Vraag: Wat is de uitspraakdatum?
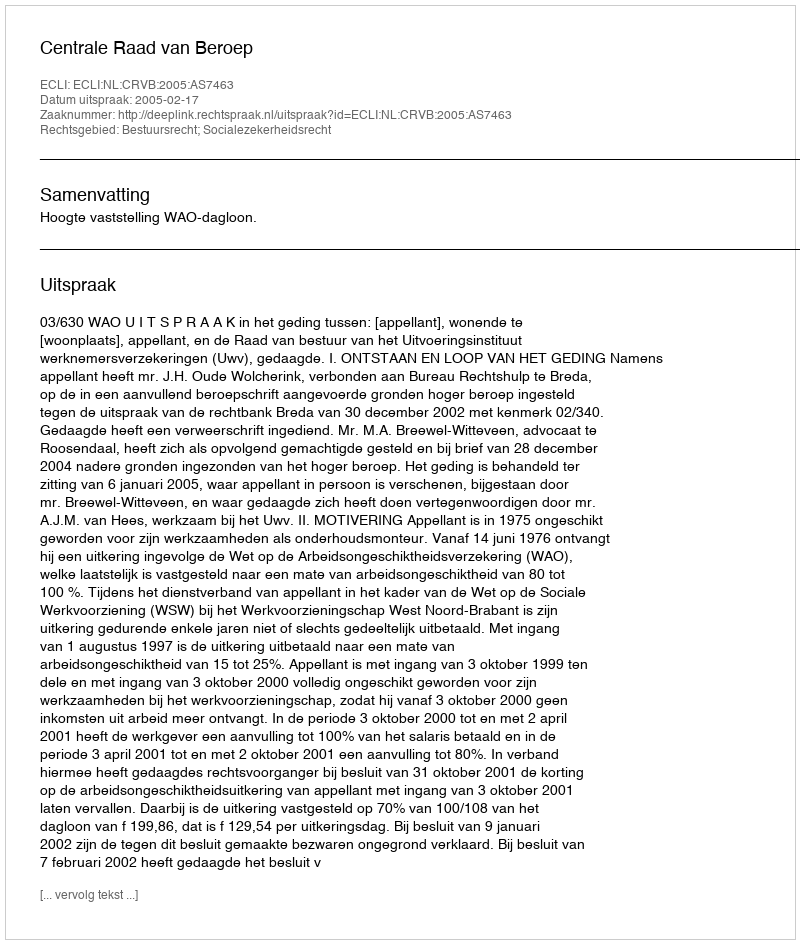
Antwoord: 2005-02-17